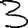
Digit: 3